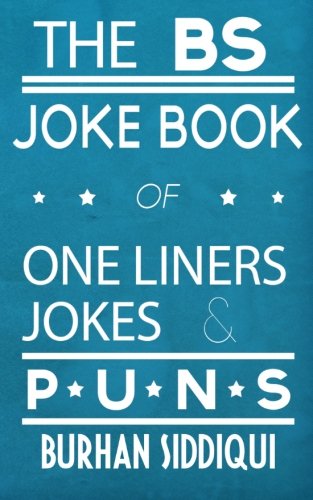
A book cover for The BS Joke Book of One Liners, Jokes & Puns; Burhan Siddiqui; Humor & Entertainment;